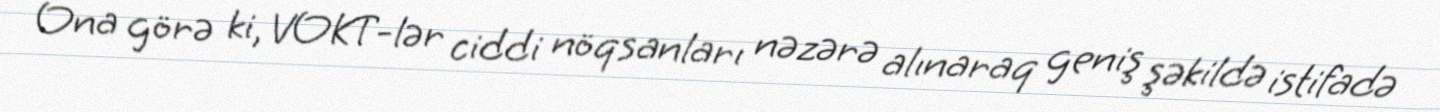
Ona görə ki, VOKT-lər ciddi nöqsanları nəzərə alınaraq geniş şəkildə istifadə